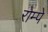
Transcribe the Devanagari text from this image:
रोम्पे